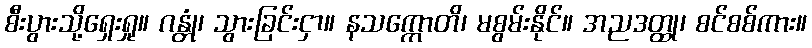
စီးပွားသို့ရှေးရှု။ ဂန္တုံ၊ သွားခြင်းငှာ။ နသက္ကောတိ၊ မစွမ်းနိုင်။ အညဒတ္ထု၊ စင်စစ်ကား။